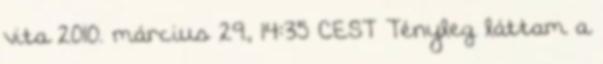
vita 2010. március 29., 14:35 CEST Tényleg láttam a